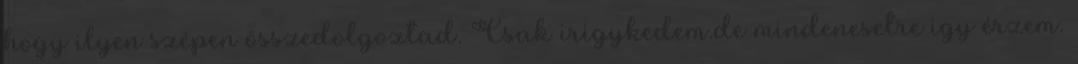
hogy ilyen szépen összedolgoztad. Csak irigykedem.de mindenesetre igy érzem.